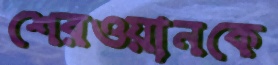
শেরওয়ানকে